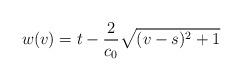
LaTeX: \begin{align*} w(v) = t - \frac{2}{c_0}\sqrt{(v-s)^2 + 1}\end{align*}